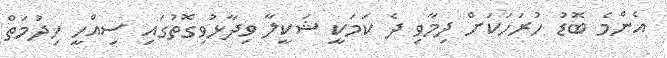
އެންމެ ބޮޑު ހުރަހަކަށް ދިމާވި ދެ ކަމަކީ ޝަކީލާ ވިދާޅުވިގޮތުގައި ސިއްހީ ޚިދުމަތް